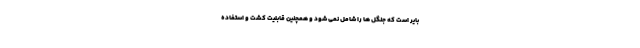
بایر است که جنگل ها را شامل نمی شود و همچنین قابلیت کشت و استفاده